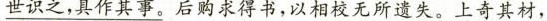
世识之，具做其事。} 后购求得书，以相校无所遗失。上奇其材，